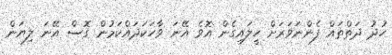
ހުދު ދަތްތައް ފެންނަވަރަށް ހީލައިގެން އޮވެ އޭނަ ވާހަކަދައްކަމުން ގޮސް އޭނަ ލިޔަން